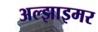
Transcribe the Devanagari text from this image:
अल्‍झाइमर